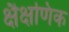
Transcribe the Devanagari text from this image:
क्षैक्षणिक